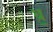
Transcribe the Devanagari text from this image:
ध़॒